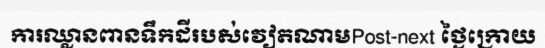
ការឈ្លានពានទឹកដីរបស់វៀតណាមPost-next ថ្ងៃក្រោយ